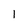
Character: 1